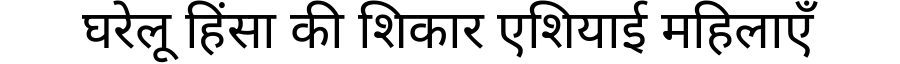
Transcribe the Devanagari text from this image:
घरेलू हिंसा की शिकार एशियाई महिलाएँ